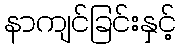
နာကျင်ခြင်းနှင့်